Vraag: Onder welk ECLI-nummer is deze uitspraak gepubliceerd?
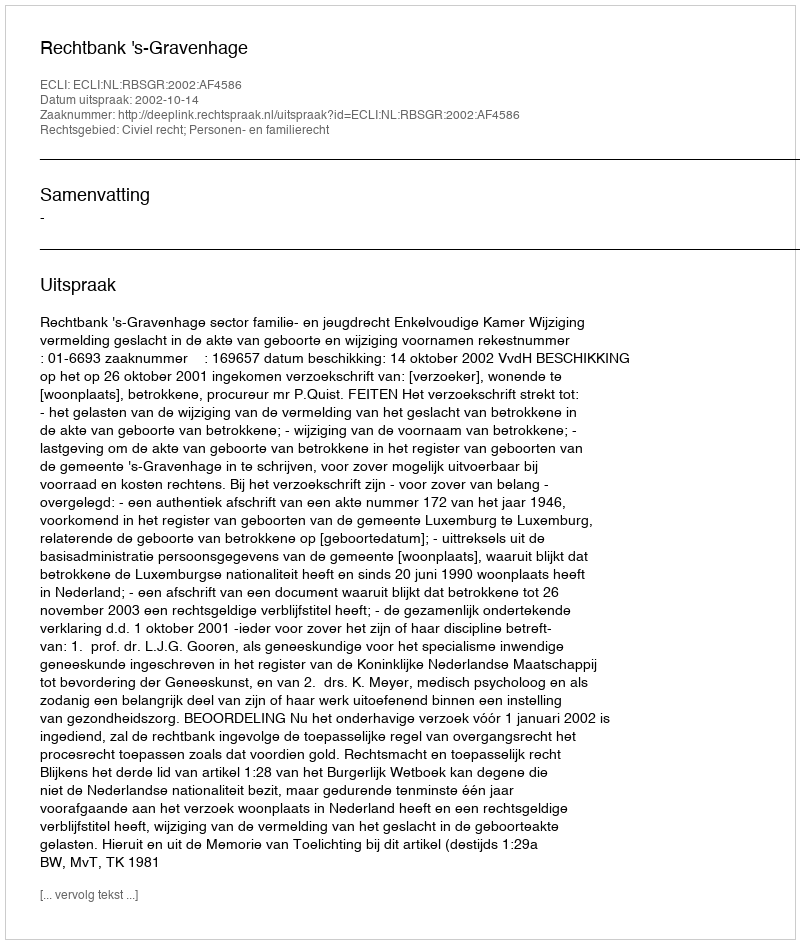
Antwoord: ECLI:NL:RBSGR:2002:AF4586